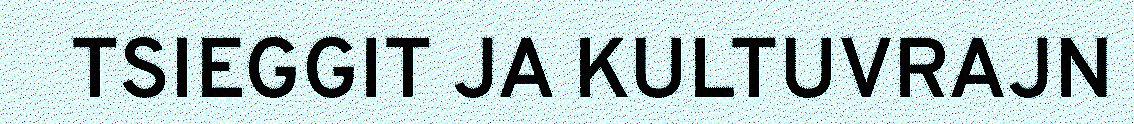
TSIEGGIT JA KULTUVRAJN